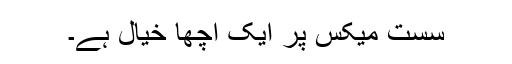
سست میکس پر ایک اچھا خیال ہے۔